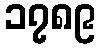
၁၇၈၉